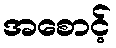
အစောင့်